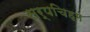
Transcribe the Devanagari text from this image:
सर्पचिह्म